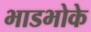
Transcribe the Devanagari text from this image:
भाडभोके